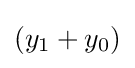
(y_{1}+y_{0})